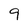
Character: 9